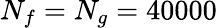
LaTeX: N_{f}=N_{g}=40000